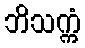
ဘိသက္ကံ